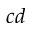
c d